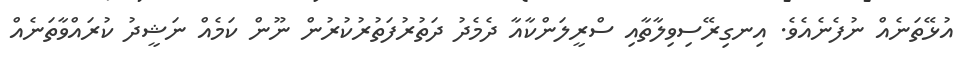
އުޅޭތަނެއް ނުފެނެއެވެ. އިނގިރޭސިވިލާތާއި ސްރީލަންކާއާ ދެމެދު ދަތުރުފަތުރުކުުރުން ނޫން ކަމެއް ނަޝީދު ކުރައްވާތަނެއް